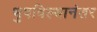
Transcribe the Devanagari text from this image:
भुषविल्यानंतर